Code of medical and sanitary regulations for the guidance of medical officers serving in the Madras Presidency - Volume I
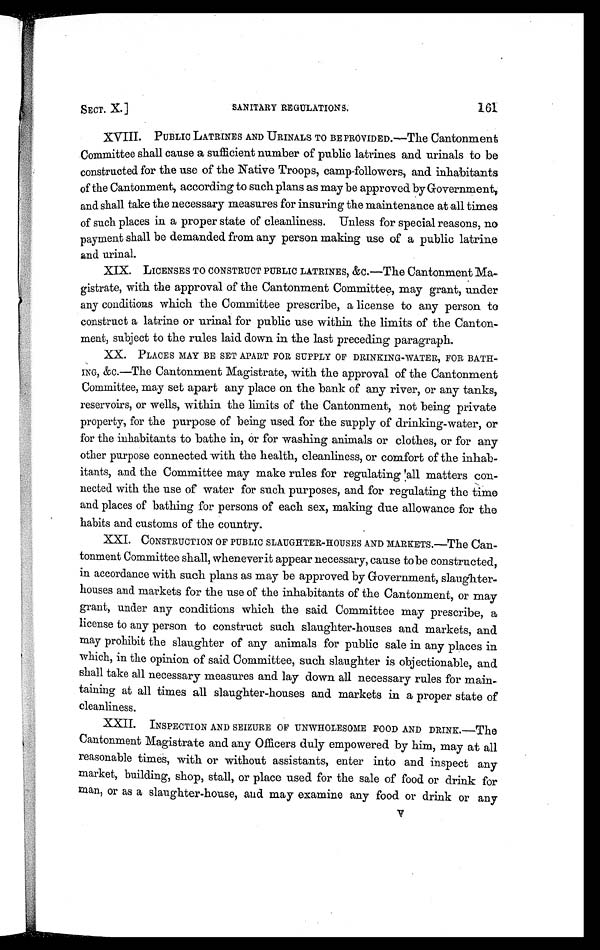
SECT. X.]
SANITARY REGULATIONS.
161
XVIII. PUBLIC LATRINES AND URINALS TO BE PROVIDED.—The Cantonment
Committee shall cause a sufficient number of public latrines and urinals to be
constructed for the use of the Native Troops, camp-followers, and inhabitants
of the Cantonment, according to such plans as may be approved by Government,
and shall take the necessary measures for insuring the maintenance at an times
of such places in a proper state of cleanliness. Unless for special reasons, no
payment shall be demanded from any person making use of a public latrine
and urinal.
XIX. LICENSES TO CONSTRUCT PUBLIC LATRINES, &c.—The Cantonment Ma
-gistrate, with the approval of the Cantonment Committee, may grant, under
any conditions which the Committee prescribe, a license to any person to
construct a latrine or urinal for public use within the limits of the Canton-
ment, subject to the rules laid down in the last preceding paragraph.
XX. PLACES MAY BE SET APART FOR SUPPLY OF DRINKING-WATER, FOR BATH-
ING, &c.—The Cantonment Magistrate, with the approval of the Cantonment
Committee, may set apart any place on the bank of any river, or any tanks,
reservoirs, or wells, within the limits of the Cantonment, not being private
property, for the purpose of being used for the supply of drinking-water, or
for the inhabitants to bathe in, or for washing animals or clothes, or for any
other purpose connected with the health, cleanliness, or comfort of the inhab-
itants, and the Committee may make rules for regulating all matters con-
nected with the use of water for such purposes, and for regulating the time
and places of bathing for persons of each sex, making due allowance for the
habits and customs of the country.
XXI. CONSTRUCTION OF PUBLIC SLAUGHTER-HOUSES AND MARKETS.—The Can-
tonment Committee shall, wheneverit appear necessary, cause to be constructed,
in accordance with such plans as may be approved by Government, slaughter-
houses and markets for the use of the inhabitants of the Cantonment, or may
grant, under any conditions which the said Committee may prescribe, a
license to any person to construct such slaughter-houses and markets, and
may prohibit the slaughter of any animals for public sale in any places in
which, in the opinion of said Committee, such slaughter is objectionable, and
shall take all necessary measures and lay down all necessary rules for main-
taining at all times all slaughter-houses and markets in a proper state of
cleanliness.
XXII. INSPECTION AND SEIZURE OF UNWHOLESOME FOOD AND DRINK.—The
Cantonment Magistrate and any Officers duly empowered by him, may at all
reasonable times, with or without assistants, enter into and inspect any
market, building, shop, stall, or place used for the sale of food or drink for
man, or as a slaughter-house, mid may examine any food or drink or any
V